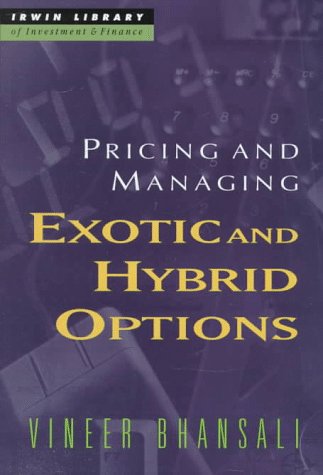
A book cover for Pricing and Managing Exotic and Hybrid Options; Vineer Bhansali; Business & Money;